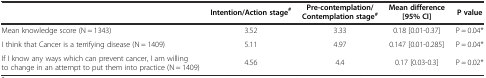
|  | Intention/Action stage# | Pre-contemplation/Contemplation stage# | Mean difference [95% CI] | P value |
 | --- | --- | --- | --- | --- |
 | Mean knowledge score (N = 1343) | 3.52 | 3.33 | 0.18 [0.01-0.37] | P = 0.04* |
 | I think that Cancer is a terrifying disease (N = 1409) | 5.11 | 4.97 | 0.147 [0.01-0.285] | P = 0.04* |
 | If I know any ways which can prevent cancer, I am willing to change in an attempt to put them into practice (N = 1409) | 4.56 | 4.4 | 0.17 [0.03-0.3] | P = 0.02* |